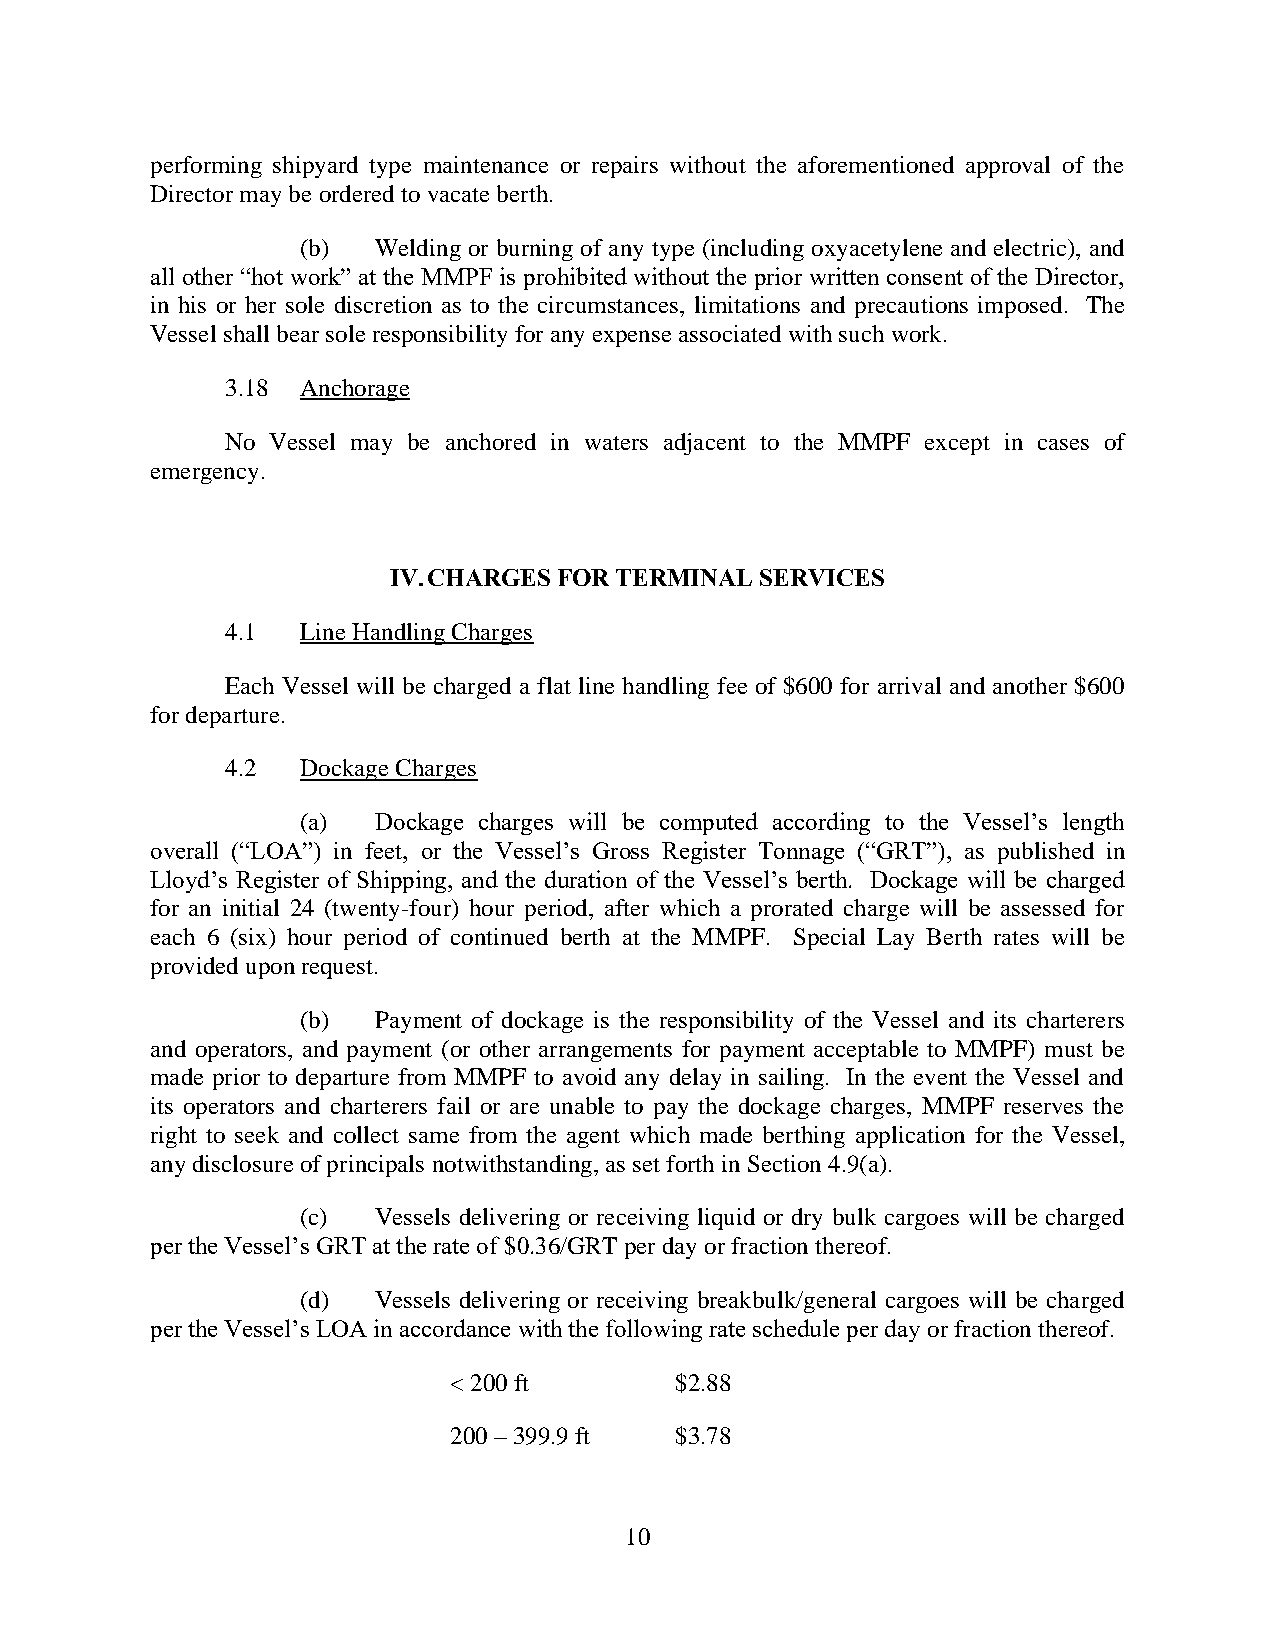
performing shipyard type maintenance or repairs without the aforementioned approval of the
 Director may be ordered to vacate berth.
 (b)  Welding or burning of any type (including oxyacetylene and electric), and
 all other “hot work” at the MMPF is prohibited without the prior written consent of the Director,
 in his or her sole discretion as to the circumstances, limitations and precautions imposed. The
 Vessel shall bear sole responsibility for any expense associated with such work.
 3.18 Anchorage
 No Vessel may be anchored in waters adjacent to the MMPF except in cases of
 emergency.
 IV. CHARGES FOR TERMINAL SERVICES
 4.1  Line Handling Charges
 Each Vessel will be charged a flat line handling fee of $600 for arrival and another $600
 for departure.
 4.2  Dockage Charges
 (a)  Dockage charges will be computed according to the Vessel’s length
 overall (“LOA”) in feet, or the Vessel’s Gross Register Tonnage (“GRT”), as published in
 Lloyd’s Register of Shipping, and the duration of the Vessel’s berth. Dockage will be charged
 for an initial 24 (twenty-four) hour period, after which a prorated charge will be assessed for
 each 6 (six) hour period of continued berth at the MMPF. Special Lay Berth rates will be
 provided upon request.
 (b)  Payment of dockage is the responsibility of the Vessel and its charterers
 and operators, and payment (or other arrangements for payment acceptable to MMPF) must be
 made prior to departure from MMPF to avoid any delay in sailing. In the event the Vessel and
 its operators and charterers fail or are unable to pay the dockage charges, MMPF reserves the
 right to seek and collect same from the agent which made berthing application for the Vessel,
 any disclosure of principals notwithstanding, as set forth in Section 4.9(a).
 (c)  Vessels delivering or receiving liquid or dry bulk cargoes will be charged
 per the Vessel’s GRT at the rate of $0.36/GRT per day or fraction thereof.
 (d)  Vessels delivering or receiving breakbulk/general cargoes will be charged
 per the Vessel’s LOA in accordance with the following rate schedule per day or fraction thereof.
 < 200 ft       $2.88
 200 – 399.9 ft $3.78
 10